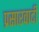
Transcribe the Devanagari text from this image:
प्रसारवादी